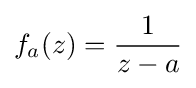
f_{a}(z)={1 \over z-a}